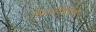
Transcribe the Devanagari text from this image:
सिज़दिकोवा